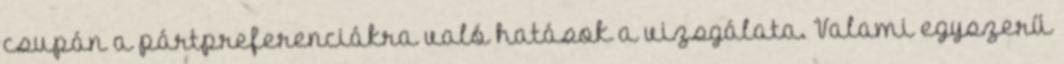
csupán a pártpreferenciákra való hatások a vizsgálata. Valami egyszerű